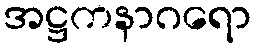
အဋ္ဌကနာဂရော